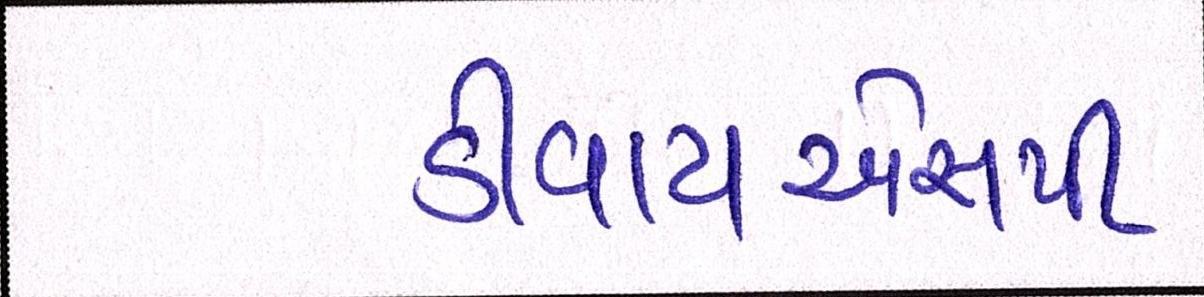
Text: ડીવાયએસપી